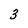
Character: 3